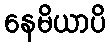
နေမိယာပိ